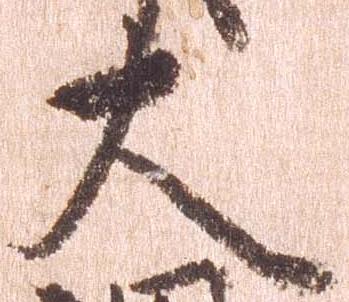
大